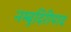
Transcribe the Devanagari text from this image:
नम्बुदिरीपाद